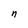
Character: n